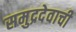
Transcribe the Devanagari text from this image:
समुद्रदेवाची